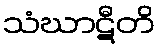
သံဃာဋီတိ